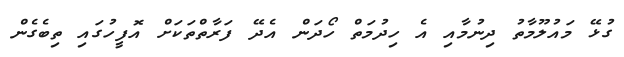
ގުޅޭ މައުލޫމާތު ދިނުމާއި އެ ހިދުމަތް ހޯދަން އެދޭ ފަރާތްތަކަށް އޮފީހުގައި ތިބެގެން